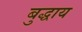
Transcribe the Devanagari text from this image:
बुद्धाय